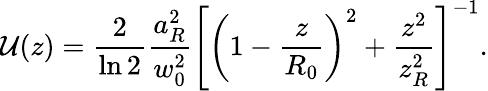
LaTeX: \mathcal{U}(z)=\frac{2}{\ln 2}\frac{a_{R}^{2}}{w_{0}^{2}}\left[\left(1-\frac{z}{R_{0}}\right)^{2}+\frac{z^{2}}{z_{R}^{2}}\right]^{-1}.